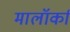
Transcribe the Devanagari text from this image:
मालॉर्का